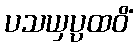
ပသယှပ္ပထဝိံ